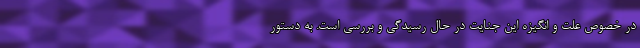
در خصوص علت و انگیزه این جنایت در حال رسیدگی و بررسی است. به دستور